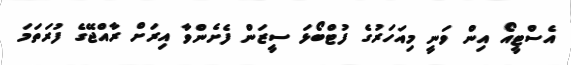
އެސްޓީއޯ އިން ވަނީ މިއަހަރުގެ ފުޓްބޯޅަ ސީޒަން ފެށެންވާ އިރަށް ރާއްޖޭގެ ފުރަތަމަ